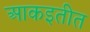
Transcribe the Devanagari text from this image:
आकइतीत